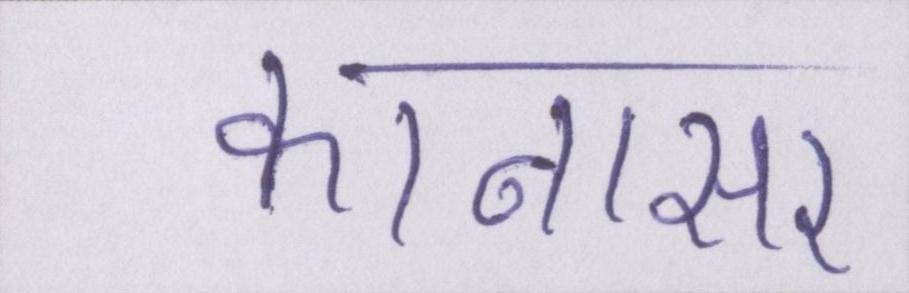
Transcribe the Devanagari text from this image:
कानासर